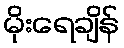
မိုးရေချိန်